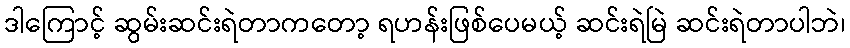
ဒါကြောင့် ဆွမ်းဆင်းရဲတာကတော့ ရဟန်းဖြစ်ပေမယ့် ဆင်းရဲမြဲ ဆင်းရဲတာပါဘဲ၊